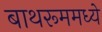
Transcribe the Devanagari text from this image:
बाथरूममध्ये